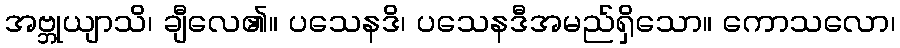
အဗ္ဘုယျာသိ၊ ချီလေ၏။ ပသေနဒိ၊ ပသေနဒီအမည်ရှိသော။ ကောသလော၊